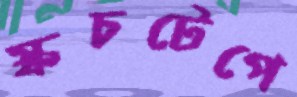
স্কচটেপে